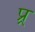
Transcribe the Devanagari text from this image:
प्र्र